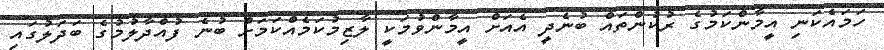
ހަމައެކަނި އީމާންކަމުގެ ރުކުންތައް ބުނެދީ އެއަށް އީމާންވުމަކީ ލާޒިމުކަމެއްކަމަށް ބުނެ ފުއްދާލުމުގެ ބަދަލުގައި